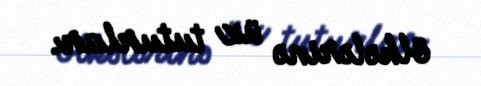
ölkələrinə üz tuturlar.